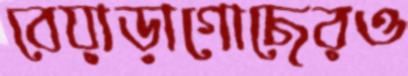
বেয়াড়াগোছেরও